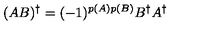
( A B ) ^ { \dagger } = ( - 1 ) ^ { p ( A ) p ( B ) } B ^ { \dagger } A ^ { \dagger }